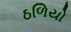
ઠળિયો